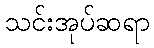
သင်းအုပ်ဆရာ